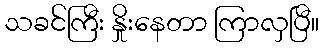
သခင်ကြီး နှိုးနေတာ ကြာလှပြီ။